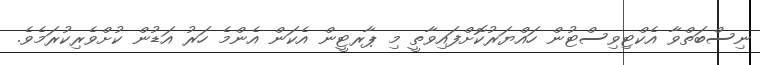
ނިސްބަތްވާ އެކްޓިވިސްޓުން ހައްޔަރުކޮށްފައިވާތީ މި ޕާރޓީން އެކަން އެންމެ ހަރު އަޑުން ކުށްވެރިކުރަމެވެ.